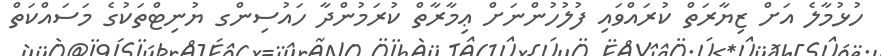
ހުޅުމާލެ އަށް ޒިޔާރަތް ކުރައްވައި ފުލުހުންނަށް ޢިމާރާތް ކުރަމުންދާ ހައުސިންގ ޔުނިޓްތަކުގެ މަސައްކަތް